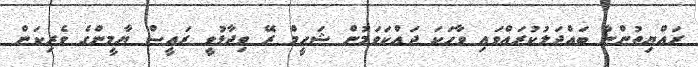
ރައްޔިތުންނާ ބައްދަލުކުރައްވައި ވާހަކަ ދައްކަވަމުން ޝަހީމް ރޭ ވިދާޅުވީ ރައީސް ޔާމީންގެ ވެރިކަން